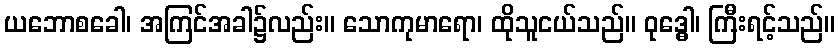
ယဘောစခေါ၊ အကြင်အခါ၌လည်း။ သောကုမာရော၊ ထိုသူငယ်သည်။ ဝုဒ္ဓေါ၊ ကြီးရင့်သည်။